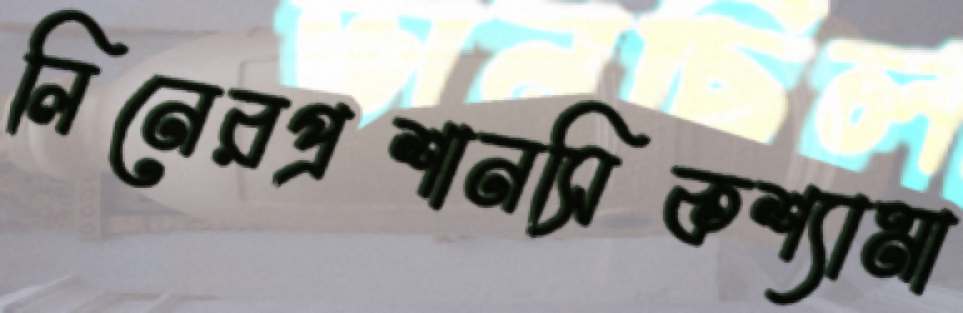
লিনেরপ্রশানসিকশ্যামা